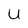
Character: U